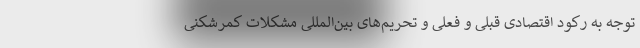
توجه به رکود اقتصادی قبلی و فعلی و تحریم‌های بین‌المللی مشکلات کمرشکنی